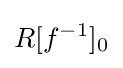
R[f^{-1}]_{0}